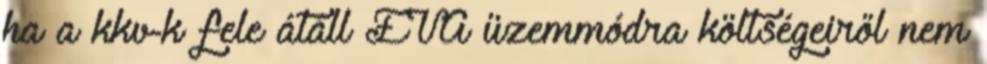
ha a kkv-k fele átáll EVA üzemmódra költségeiről nem